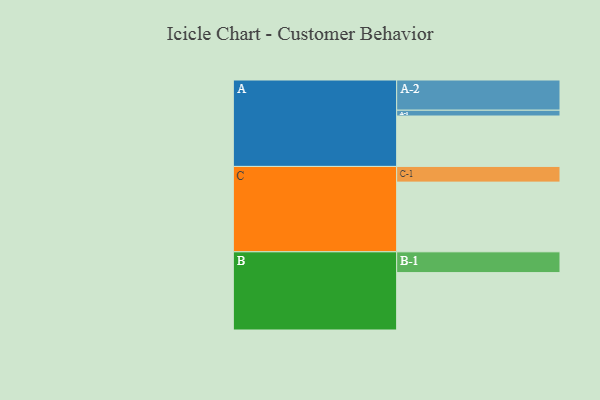
{"axis": {"x": "Segment", "y": "Value"}, "legend": ["", "A", "B", "C"], "data": [{"x": "A", "y": 434, "type": ""}, {"x": "B", "y": 494, "type": ""}, {"x": "C", "y": 600, "type": ""}, {"x": "A-1", "y": 50, "type": "A"}, {"x": "A-2", "y": 260, "type": "A"}, {"x": "B-1", "y": 179, "type": "B"}, {"x": "C-1", "y": 135, "type": "C"}]}